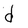
Character: d